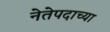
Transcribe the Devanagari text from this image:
नेतेपदाच्या